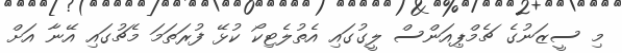
މި ސީޒަނުގެ ޗެމްޕިއަންސް ލީގުގައި އެތުލެޓިކޯ ކުޅޭ ފުރަތަމަ މެޗުގައި އޭނާ އަށް